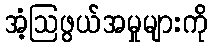
အံ့ဩဖွယ်အမှုများကို